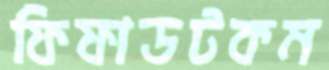
ফিফাডটকম